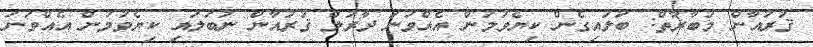
ޤުރުއާން މުބާރާތް: ބަލައިގެން ކިޔެވުމުން އެއްވަނަ ދާރުލް ޤުރުއާން ނުބަލައި ކިޔެވުމުން އެއްވަނަ